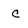
Character: c